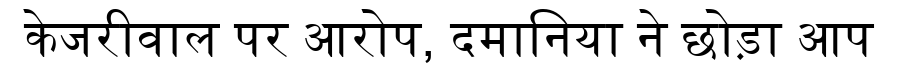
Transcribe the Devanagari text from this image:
केजरीवाल पर आरोप, दमानिया ने छोड़ा आप